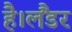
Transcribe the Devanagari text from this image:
है।लैंडर